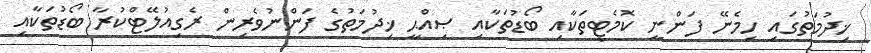
ޚިދުމަތުގައި ހިމެނޭ ފަންނީ ކޮމެޓީތަކާއި ބޯޑުތަކާއި ޞިއްޙީ ޚިދުމަތުގެ ފަންނުވެރިން ރެގިއުލޭޓްކުރާ ބޯޑުތަކާއި